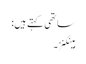
ساتھی کہتے ہیں:
ہینکنز۔